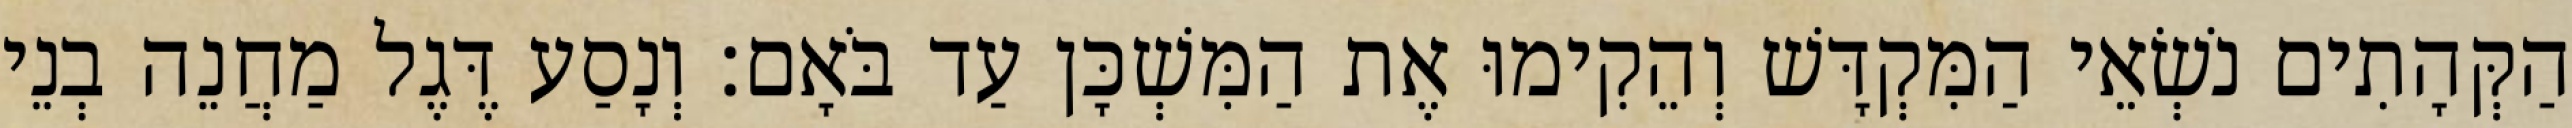
הַקְּהָתִים נֹשְׂאֵי הַמִּקְדָּשׁ וְהֵקִימוּ אֶת הַמִּשְׁכָּן עַד בֹּאָם׃ וְנָסַע דֶּגֶל מַחֲנֵה בְנֵי